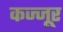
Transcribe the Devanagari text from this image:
कज्जूर